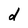
Character: d